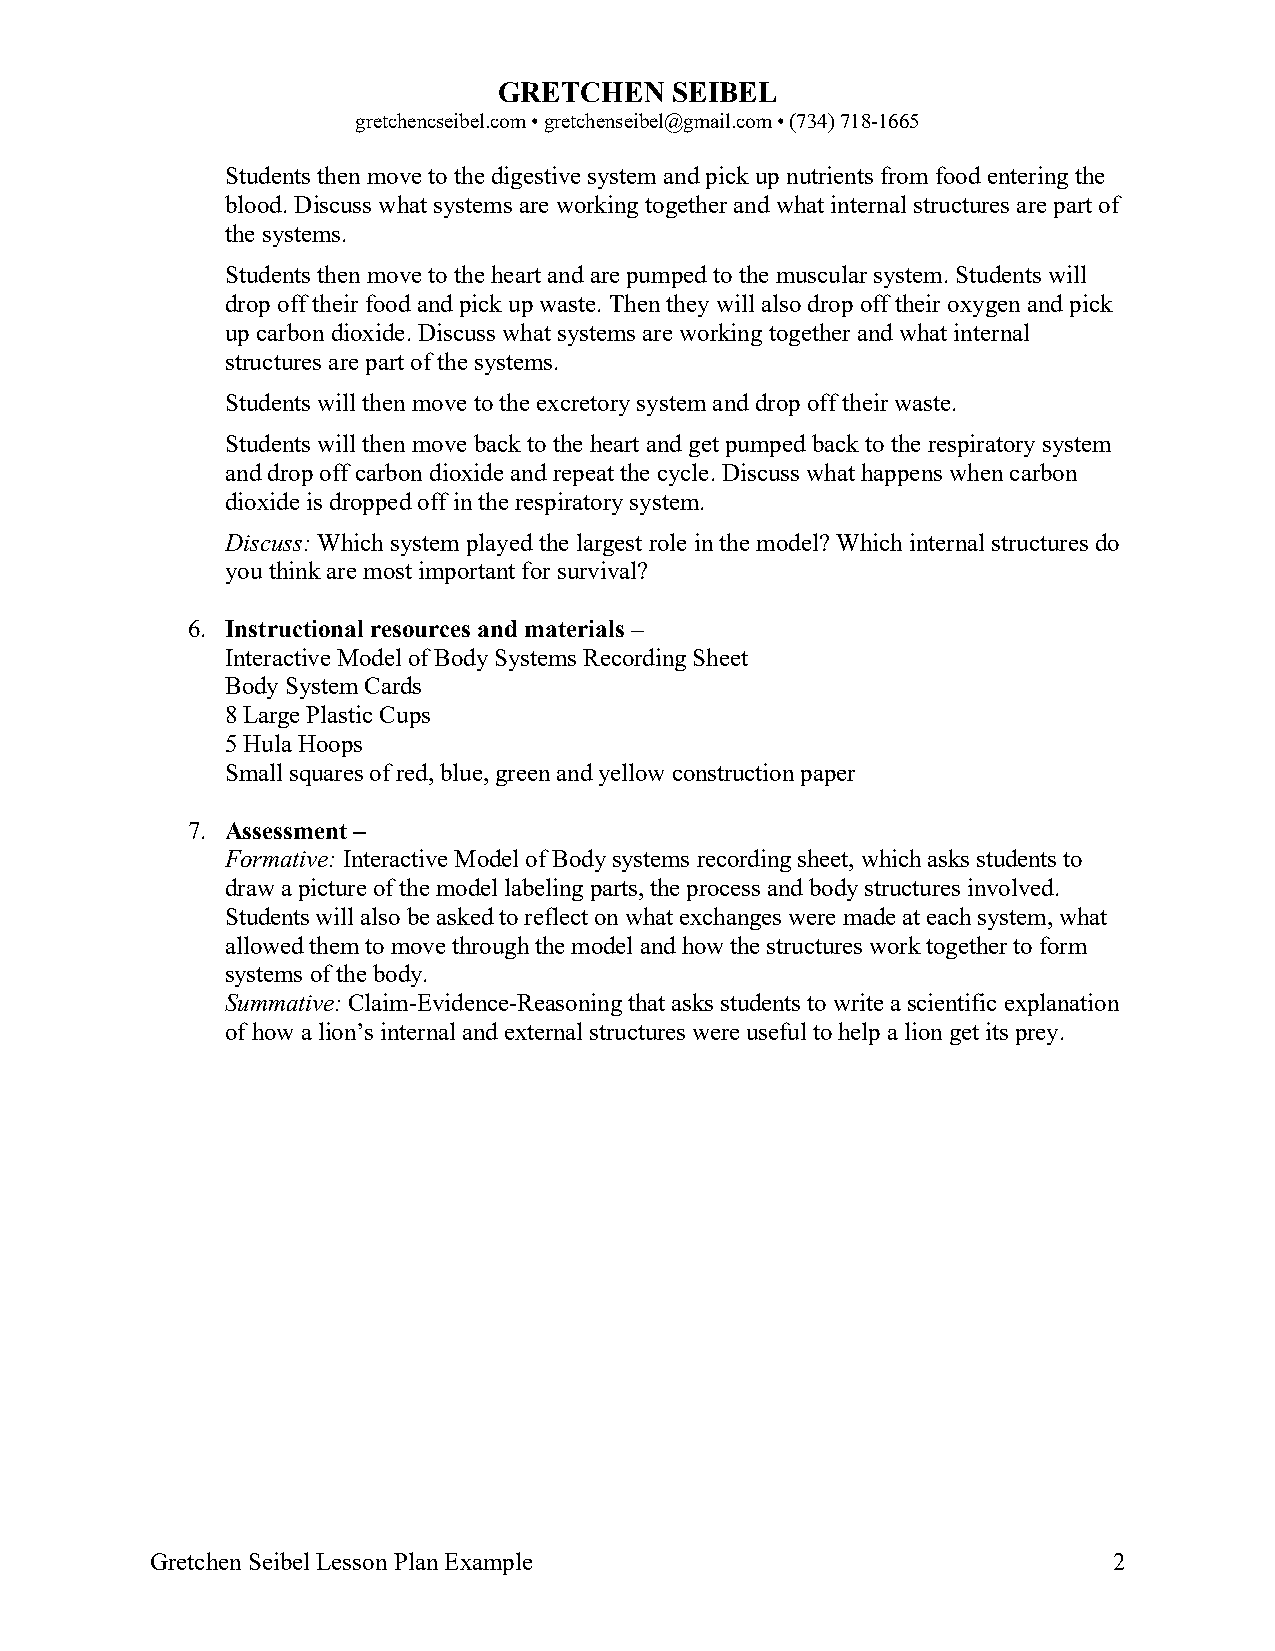
GRETCHEN   SEIBEL
 gretchencseibel.com • gretchenseibel@gmail.com • (734) 718-1665
 Students then move to the digestive system and pick up nutrients from food entering the
 blood. Discuss what systems are working together and what internal structures are part of
 the systems.
 Students then move to the heart and are pumped to the muscular system. Students will
 drop off their food and pick up waste. Then they will also drop off their oxygen and pick
 up carbon dioxide. Discuss what systems are working together and what internal
 structures are part of the systems.
 Students will then move to the excretory system and drop off their waste.
 Students will then move back to the heart and get pumped back to the respiratory system
 and drop off carbon dioxide and repeat the cycle. Discuss what happens when carbon
 dioxide is dropped off in the respiratory system.
 Discuss: Which system played the largest role in the model? Which internal structures do
 you think are most important for survival?
 6. Instructional resources and materials –
 Interactive Model of Body Systems Recording Sheet
 Body System Cards
 8 Large Plastic Cups
 5 Hula Hoops
 Small squares of red, blue, green and yellow construction paper
 7. Assessment –
 Formative: Interactive Model of Body systems recording sheet, which asks students to
 draw a picture of the model labeling parts, the process and body structures involved.
 Students will also be asked to reflect on what exchanges were made at each system, what
 allowed them to move through the model and how the structures work together to form
 systems of the body.
 Summative: Claim-Evidence-Reasoning that asks students to write a scientific explanation
 of how a lion’s internal and external structures were useful to help a lion get its prey.
 Gretchen Seibel Lesson Plan Example                             2